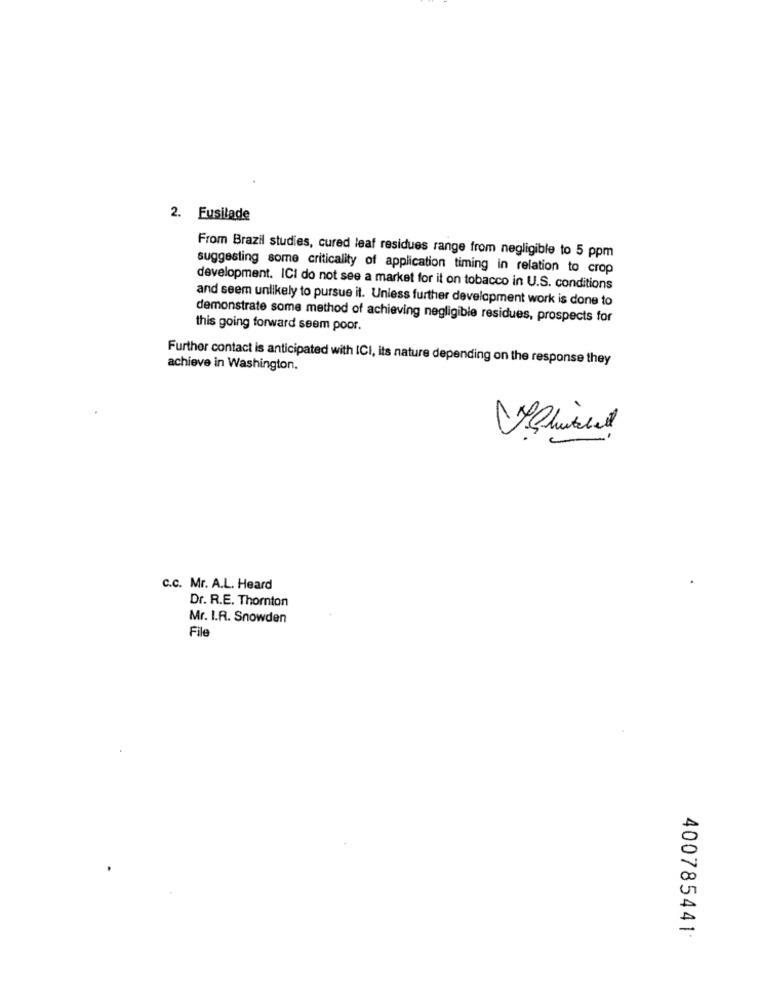
2. Fusilade
From Brazil studies, cured leaf residues range from negligible to 5 ppm
suggesting some criticality of application timing in relation to crop
development. ICI do not see a market for it on tobacco in U.S. conditions
and seem unlikely to pursue it. Unless further development work is done to
demonstrate some method of achieving negligible residues, prospects for
this going forward seem poor.
Further contact is anticipated with ICI, its nature depending on the response they
achieve in Washington.
c.c. Mr. A.L. Heard
Dr. R.E. Thornton
Mr. I.R. Snowden
File
400785441